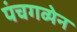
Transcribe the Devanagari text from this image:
पंचगव्येन